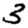
Digit: 3